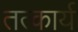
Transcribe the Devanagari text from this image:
तत्कार्य